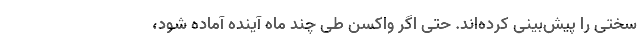
سختی را پیش‌بینی کرده‌اند. حتی اگر واکسن طی چند ماه آینده آماده شود،